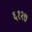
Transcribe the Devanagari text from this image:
६१२७